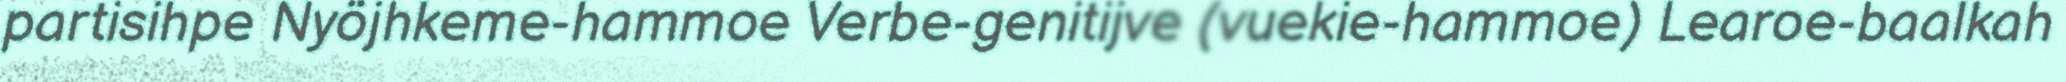
partisihpe Nyöjhkeme-hammoe Verbe-genitijve (vuekie-hammoe) Learoe-baalkah